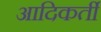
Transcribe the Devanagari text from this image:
आदिकर्ती